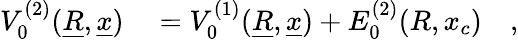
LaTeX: \begin{array}{rl}{V_{0}^{(2)}(\underline{{R}},\underline{{x}})}&{{}=V_{0}^{(1)}(\underline{{R}},\underline{{x}})+E_{0}^{(2)}(R,x_{c})\quad,}\end{array}